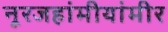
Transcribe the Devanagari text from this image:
नूरजहांमीयांमीर